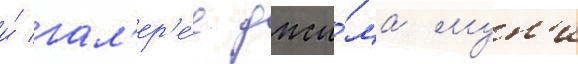
и́ гал'ер'е́е джи́ма мун'и